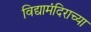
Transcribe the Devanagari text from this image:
विद्यामंदिराच्या